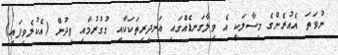
ނުވަތަ އެއުރެންގެ މިސާލަކީ އެ ވިލާގަނޑެއްގައި އަނދިރިތަކަކާއި ގުގުރުމާއި ވިދުން (އެކުލެވިފައި)